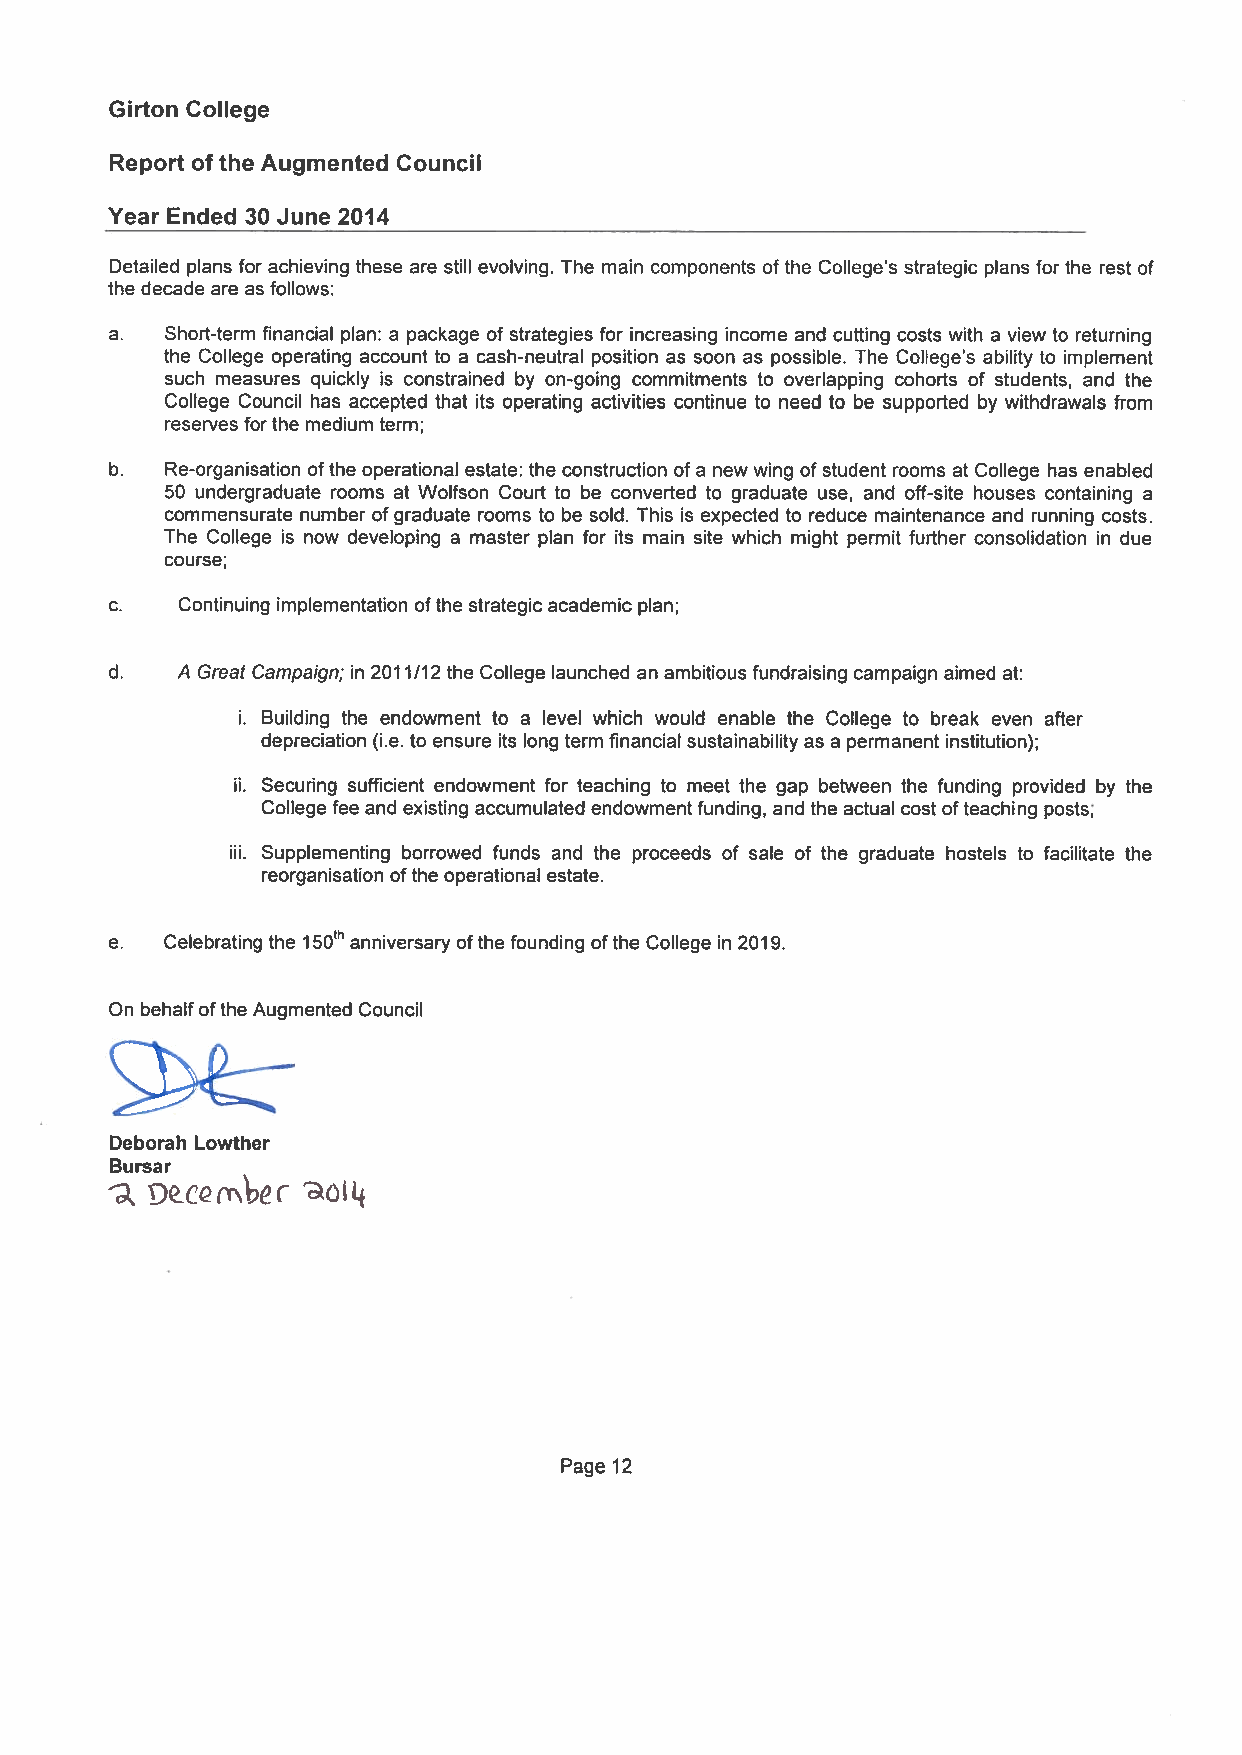
Girton College
 Report of the Augmented Council
 Year Ended 30 June 2014
 Detailed plans for achieving these are still evolving. The main components of the College’s strategic plans for the rest of
 the decade are as follows:
 a.  Short-term financial plan: a package of strategies for increasing income and cuffing costs with a view to returning
 the College operating account to a cash-neutral position as soon as possible. The College’s ability to implement
 such measures quickly is constrained by on-going commitments to overlapping cohorts of students, and the
 College Council has accepted that its operating activities continue to need to be supported by withdrawals from
 reserves forthe medium term;
 b.  Re-organisation ofthe operational estate: the construction of a new wing of student rooms at College has enabled
 50 undergraduate rooms at Wolfson Court to be converted to graduate use, and off-site houses containing a
 commensurate number ofgraduate rooms to be sold. This is expected to reduce maintenance and running costs.
 The College is now developing a master plan for its main site which might permit further consolidation in due
 course;
 c.   Continuing implementation ofthe strategic academic plan;
 d.   A Great Campaign; in 2011/12 the College launched an ambitious fundraising campaign aimed at:
 i. Building the endowment to a level which would enable the College to break even after
 depreciation (i.e. to ensure its long term financial sustainabilityas a permanent institution);
 ii. Securing sufficient endowment for teaching to meet the gap between the funding provided by the
 College fee and existing accumulated endowment funding, and the actual cost ofteaching posts;
 iii. Supplementing borrowed funds and the proceeds of sale of the graduate hostels to facilitate the
 reorganisation ofthe operational estate.
 e.  Celebrating the 150th anniversary ofthe founding ofthe College in 2019.
 On behalfofthe Augmented Council
 Deborah Lowther
 Bursar
 Page 12